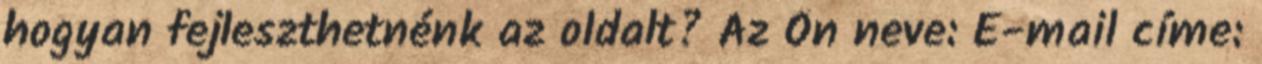
hogyan fejleszthetnénk az oldalt? Az Ön neve: E-mail címe: